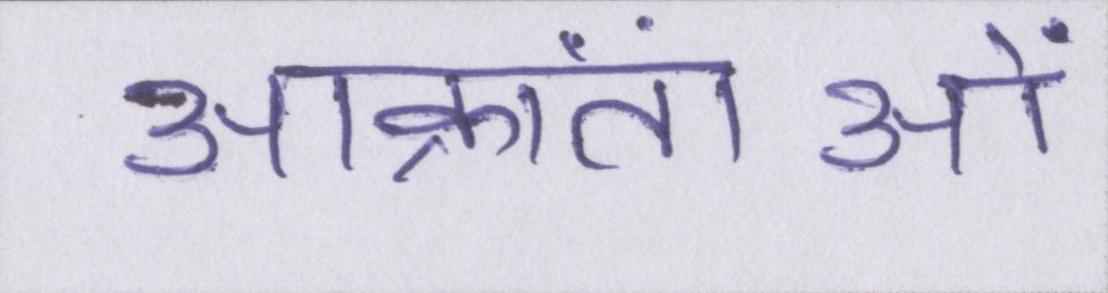
आक्रांताओं